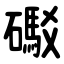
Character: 礟